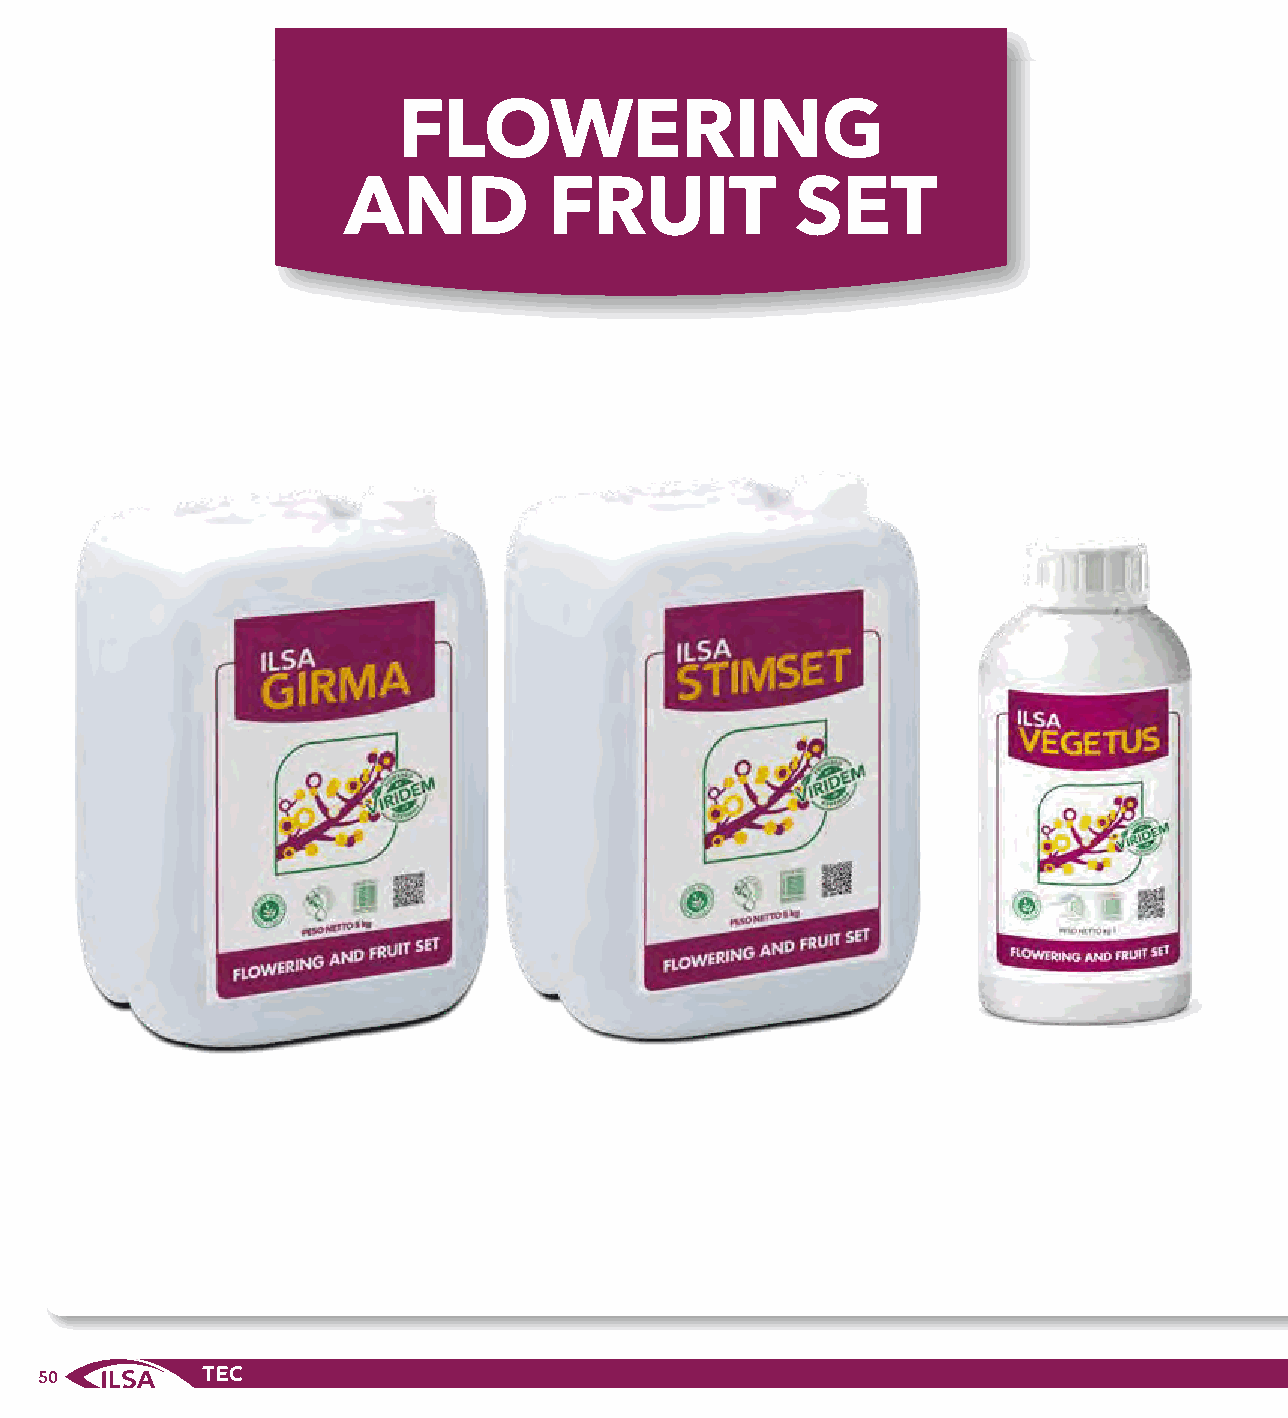
FLOWERING
 AND          FRUIT            SET
 50